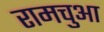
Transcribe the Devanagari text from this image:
रामचुआ